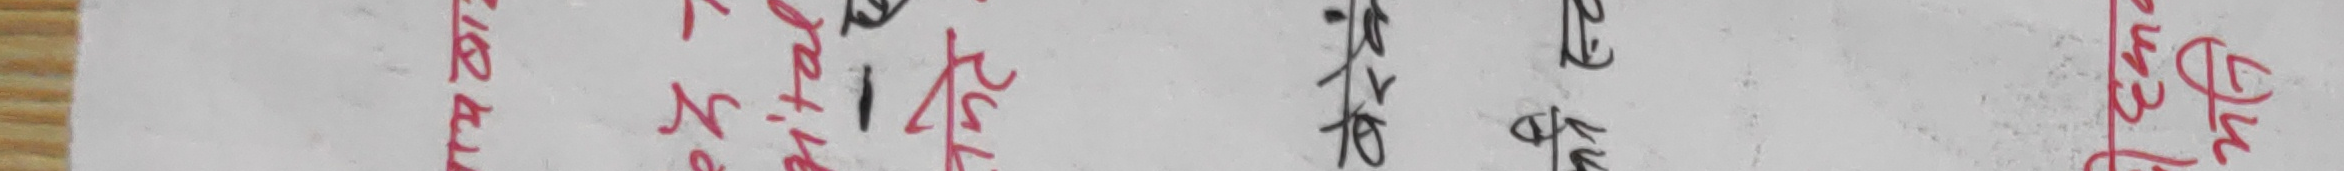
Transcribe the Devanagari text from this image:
नेपाली प्राणव ईकेश्वर माधिक १२ १४ १५ १६ १७ १९ २४